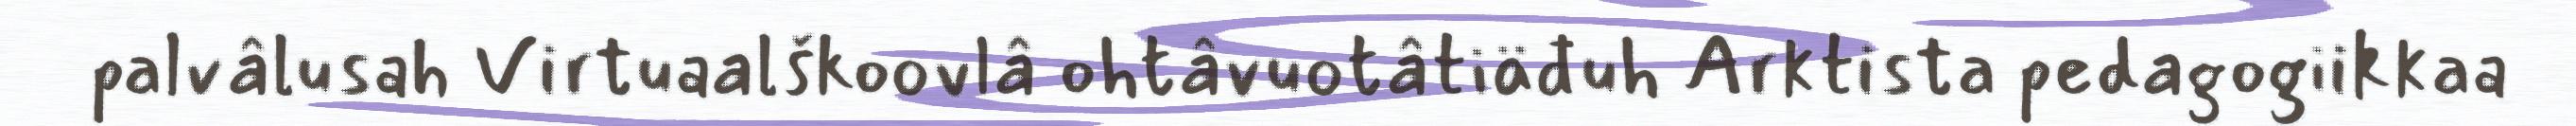
palvâlusah Virtuaalškoovlâ ohtâvuotâtiäđuh Arktista pedagogiikkaa